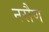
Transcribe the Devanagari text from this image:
नरौण